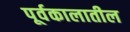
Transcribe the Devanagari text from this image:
पूर्वकालातील